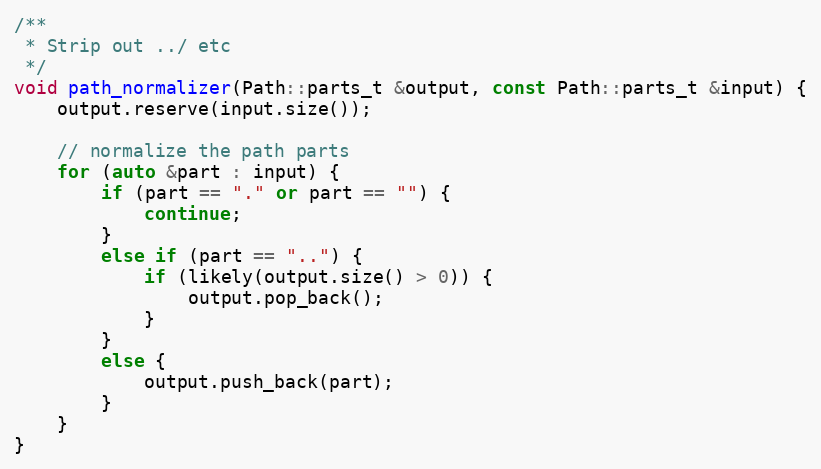
Language: C++
/**
 * Strip out ../ etc
 */
void path_normalizer(Path::parts_t &output, const Path::parts_t &input) {
	output.reserve(input.size());

	// normalize the path parts
	for (auto &part : input) {
		if (part == "." or part == "") {
			continue;
		}
		else if (part == "..") {
			if (likely(output.size() > 0)) {
				output.pop_back();
			}
		}
		else {
			output.push_back(part);
		}
	}
}